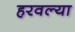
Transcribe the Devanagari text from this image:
हरवल्या